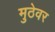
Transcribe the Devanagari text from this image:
मुठेवर